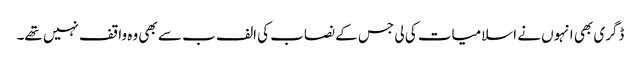
ڈگری بھی انہوں نے اسلامیات کی لی جس کے نصاب کی الف ب سے بھی وہ واقف نہیں تھے۔